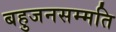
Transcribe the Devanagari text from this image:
बहुजनसम्मति